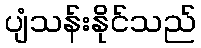
ပျံသန်းနိုင်သည်